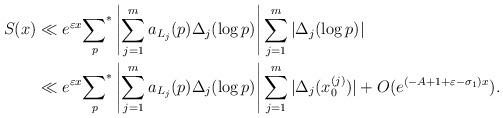
LaTeX: \begin{align*}S(x)&\ll e^{\varepsilon x}{\sum_p}^* \left|\sum_{j=1}^m a_{L_j}(p)\Delta_j(\log p)\right|\sum_{j=1}^m |\Delta_j(\log p)|\\&\ll e^{\varepsilon x}{\sum_p}^* \left|\sum_{j=1}^m a_{L_j}(p)\Delta_j(\log p)\right|\sum_{j=1}^m |\Delta_j(x^{(j)}_0)|+O(e^{(-A+1+\varepsilon-\sigma_1)x}).\end{align*}